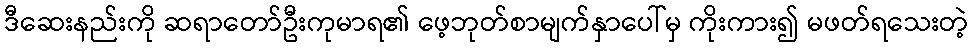
ဒီဆေးနည်းကို ဆရာတော်ဦးကုမာရ၏ ဖေ့ဘုတ်စာမျက်နှာပေါ်မှ ကိုးကား၍ မဖတ်ရသေးတဲ့